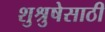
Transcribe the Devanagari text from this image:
शुश्रुषेसाठी